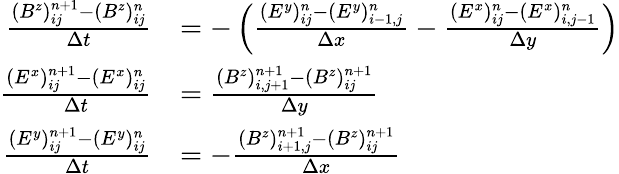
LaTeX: \begin{array}{rl}{\frac{(B^{z})_{ij}^{n+1}-(B^{z})_{ij}^{n}}{\Delta t}}&{=-\left(\frac{(E^{y})_{ij}^{n}-(E^{y})_{i-1,j}^{n}}{\Delta x}-\frac{(E^{x})_{ij}^{n}-(E^{x})_{i,j-1}^{n}}{\Delta y}\right)}\\ {\frac{(E^{x})_{ij}^{n+1}-(E^{x})_{ij}^{n}}{\Delta t}}&{=\frac{(B^{z})_{i,j+1}^{n+1}-(B^{z})_{ij}^{n+1}}{\Delta y}}\\ {\frac{(E^{y})_{ij}^{n+1}-(E^{y})_{ij}^{n}}{\Delta t}}&{=-\frac{(B^{z})_{i+1,j}^{n+1}-(B^{z})_{ij}^{n+1}}{\Delta x}}\end{array}